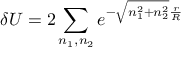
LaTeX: \delta U = 2 \sum _ { n _ { 1 } , n _ { 2 } } e ^ { - \sqrt { n _ { 1 } ^ { 2 } + n _ { 2 } ^ { 2 } } \frac { r } { R } }